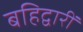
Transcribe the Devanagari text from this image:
बहिद्वारीं